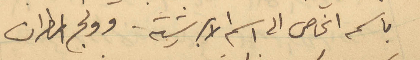
باسمه الخاص الى اسم الأبرشية. وولج المطران